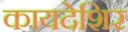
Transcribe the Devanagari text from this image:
कायदेशिर